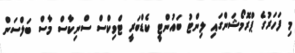
މި ފަހަރުގެ ޕްރޮމޯޝަންގައި ލިންޓު ބައުންޓީ ކެޑްބަރީ ޓްވިކްސް ސްނިކާސް މާސް ބަލްސަން